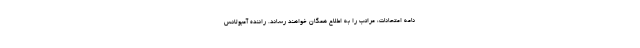
نامه امتحانات، مراتب را به اطلاع همگان خواهند رساند. راننده آمبولانس